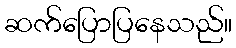
ဆက်ပြောပြနေသည်။